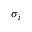
\sigma _ { i }